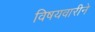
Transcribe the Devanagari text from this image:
विषयवारीने